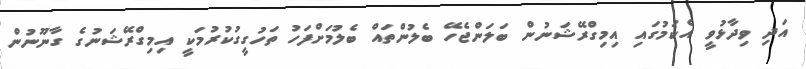
އަދި ވިދާޅުވީ އެކަމުގައި އިމިގްރޭޝަނުން ބަލަންޖެހޭ ބެލުންތައް ބެލުމަށްފަހު ތަހުގީގުކުރުމަކީ އިމިގްރޭޝަނުގެ ގާނޫނުން